Report on enteric fever
Disease focus: Fever
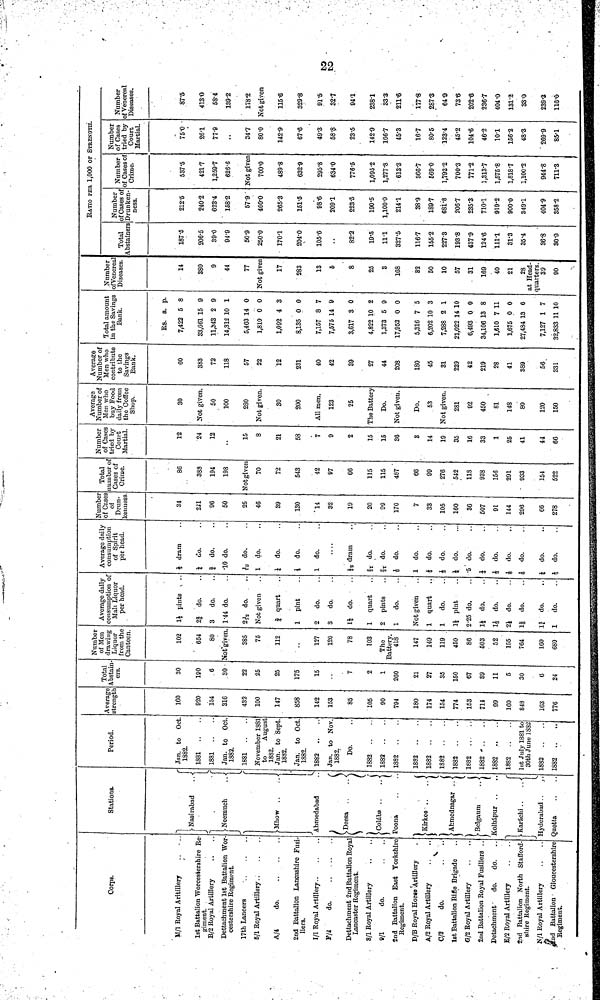
Corps.
M/l Royal Aritillery
1st Battalion Worcestershire R
giment.
B/2 Royal Artillery
Dettachment 1st Battalion Wor
cestershire Regiment.
17tb Lancers
6/1 Royal Artillery
A/4
do
2nd Battalion Lancashire Fusi-
liers.
I/I Royal Artillory
Y/i
do
Dettachment 2nd Battalion Royal
Lancaster Regiment.
8/1 Royal Artillery
0/1
do.
2nd Battalion East Yorkshire
Regiment.
D/B Royal Horse Artillery
A/2 Royal Artillery
C/3
do.
1st Battalion Rifle Brigade
6/2 Royal Artillery
2nd Battalion Royal Fusiliers ..
Detachment'
do.
do.
E/2 Royal Artillery
2nd Battalion North Stafford-
shire Regiment.
N/l Royal Artillery
Snd Battalion • Gloucestershire
Regiment.
Stations.
}
f
I
1
J-Nasirabad
. .-£
I -
[
J
i
1-Neemuch
.. •(
J
1
•Mhow
Ahmedabad
f
\
> Deesa
..
.. <
S
(
-Colaba ..
..}
Poona
(
Kirkee ..
.J
(
Ahmednagar ..<
I
• Belgaum
.. <
i
£olhcipur ..
f
•Karachi ..
..{
1
L
Hyderabad..
Quetta
Period.
• Jan. to Oc
1882.
1881 ..
1881 ..
Jan. to Oc
1882.
1881 ..
November 188
to
Augus
18S2.
Jan. to Sept
1882.
Jan. to Oct.
1882.
1882 ..
Jan. to Nov
1882.
Do.
1882
1882
1882
1882
1882
..
1882
1882
1882
1882
1882 ..
18S2
1st July 1881 to
30th June 1S82
1882
1882 ..
Averag
streng
160
920
154
316
432
100
147
858
142
153
85
105
90
704
180
174
154
774
153
714
09
160
848
103
776
Total
Abstain
ers.
30
100
6
30
22
25
25
175
15
7
2
1
260
21
27
35
150
67
S9
11
5
30
6
24
Numbei
of Men
drawing
Liquor
from the
Canteen
102
654
80
Not given
385
75
112
127
120
78
103
The
418
147
149
119
450
86
C03
52
155
764
160
680
Average dally
consumption o
Malr, Liquor
per head.
li pints
2| do.
3
do.
1-44 do.
2Jj do.
Not given
J quart
1 pint
2
do.
3
do.
1* do.
1 quart
2 pints
1
do.
Not given
1 quart
1
do.
li pint
2-25 do.
li do.
1J do.
21 do.
1| do.
1J- do.
1
do.
Average daily
consumption
of Spirit
per head.
i dram
i do.
f do.
•10 do.
1 do.
1 do.
i do.
1 do.
| 5 dram
ST do.
fc do.
I do.
1 do.
£ do.
i
do.
i do.
•5 do.
i
do.
i do.
i
do.
& do.
i
do.
i
do.
Numbc
of Case
of
Drun-
kenness
34
2il
96
50
25
46
39
130
14
32
19
20
09
170
7
33
105
160
86
507
01
144
296
66
278
Total
number o
Cases of
Crime.
86
388
194
198
Not given
70
72
543
42
97
66
115
115
487 '
60
99
276
542
118
938
156
291
933
154
522
Number
of Cases
tried by
Court
Martial.
12
24
12
15
8
21
58
7
9
2
15
15
36
8
14
19
35
16
33
1
25
41
44
66
Average
NumbGi* of
Men who
buy Food
daily from
the Coffee
Shop.
30
Not given.
50
100
280
Not given.
30
200
All men.
123
25
The Battery
Do.
Not given.
Do.
53
Not given.
281
02
450
81
148
80
120
150
Average
"NTIIITIITPJ* f\f
Men who
contribute
to the
Savings
Bank.
60
383
72
118
57
22
12
231
40
42
39
27
44
208
ISO
45
31
229
42
219
28
41
389
56
331
Total amount
in the Savings
Bank.
Rs. a. p.
7,422 5 8
33,661 15 9
11,843 2 9
14,312 10 1
5,463 14 0
1,810 0 0
1,092 4 3
8,135 0 0
7,157 8 7
7,575 14 9
3,617 3 0
4,822 10 2
1,373 5 9
17,952 0 0
5,316 7 5
6,202 10 3
7,288 2 1
21,022 14 10
6,493 0 0
34,106 13 8
1,610 7 11
1,675 0 0
27,484 13 6
7,127 1 7
32,833 11 10
Number
ofVenerea
Diseases.
14
380
9
44
77
Not given
17
283
13
5
8
25
3
168
82
50
10
57
31
169
40
21
28
at Head-
[jii&rtc rs.
39
90
RATIO PER 1,000 OF STRENGTH'.
Total
Abstainers
187-5
206-5
39-0
94-9
50-9
250-0
170-1
204-0
105-6
82-2
19-5
11-1
327-5
116-7
155-2
227-3
193-8
437-9
124-6
111-1
31-3
35-4
36-8
80-9
Number
of Cases of
Drunken-
ness.
212-5
240-2
623*4
158-2
57-9'
460-0
265-3
151-5
98-6
209-1
223-5
190-5
1,100-0
214-1
38-9
189-7
68i ; 8
206-7
235-3
710-1
919-2
900-0
349-1
404-9
358-2
Number
of Cases of
Crime.
537-5
421-7
1,259-7
626-6
Not given
700-0
489-8
632-9
295-8
634-0
776-5
1,095-2
1,277-8
613-3
366-7
569-0
1,792-2
700-3
771-2
1,313-7
1,575-8
1,818-7
1,100-2
944-8
711-3
]
Number
of Cases
tried by
Court
Martial.
75-0
261
77-9
34-7
80-0
142-9
67-6
49-3
58-8
23-5
142-9
166-7
45-3
16-7
80-5
123-4
45-2
104-6
46-2
10-1
156-2
43-3
269-9
85-1
Number
of Venereal
Diseases.
87*5
413-0
58-4
139-2
178-2
Not given
115-6
329-8
91-5
32-7
94-1
238-1
33 3
211-6
177-8
287-3
64-9
73-6
202-6
236-7
404-0
131-2
330
239-3
110-0